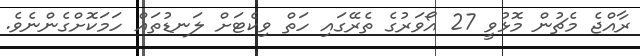
ރާއްޖެ މެޗުން މޮޅުވީ 27 އޯވަރުގެ ތެރޭގައި ހަތް ވިކެޓަށް ލަނޑުތައް ހަމަކޮށްގެންނެވެ.